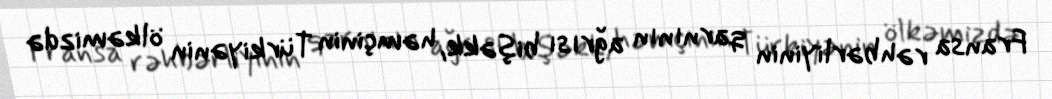
Fransa rəhbərliyinin qarnının ağrısı bişəkk, həmçinin Türkiyənin ölkəmizdə